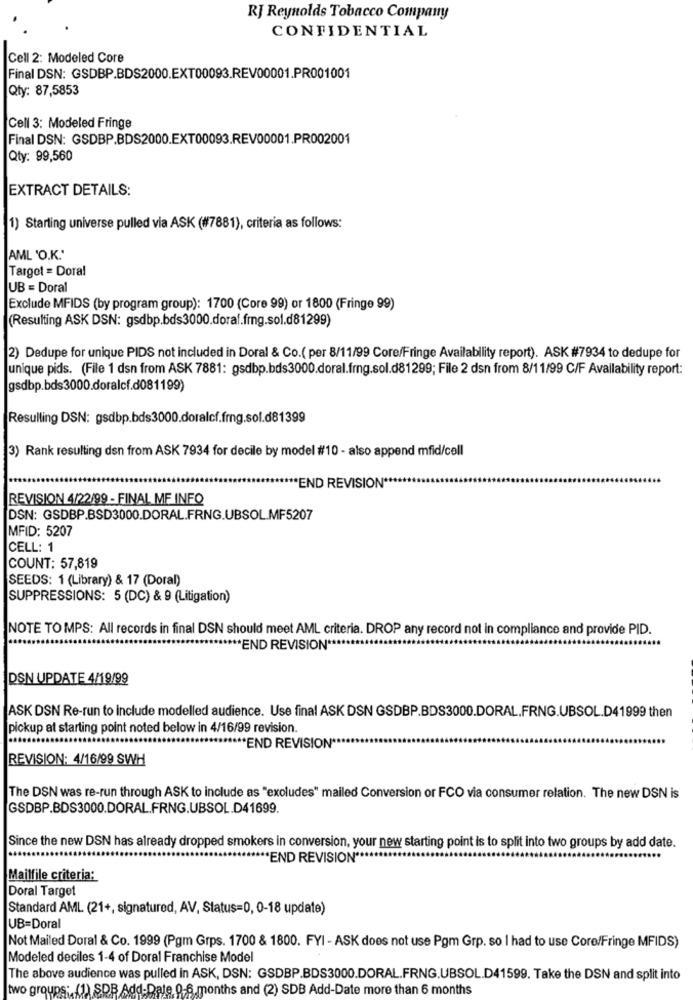
RJ Reynolds Tobacco Company
CONFIDENTIAL
Cell 2: Modeled Core
Final DSN: GSDBP.BDS2000.EXT00093.REV00001.PR001001
Qty: 87,5853
Cell 3: Modeled Fringe
Final DSN: GSDBP.BDS2000.EXT00093.REV00001.PR002001
Qty: 99,560
EXTRACT DETAILS:
1) Starting universe pulled via ASK (#7881), criteria as follows:
AML 'O.K.'
Target = Doral
UB = Doral
Exclude MFIDS (by program group): 1700 (Core 99) or 1800 (Fringe 99)
(Resulting ASK DSN: gsdbp.bds3000.doraf.frg.sol.d81299)
2) Dedupe for unique PIDS not included in Doral & Co.( per 8/11/99 Core/Fringe Availability report). ASK #7934 to dedupe for
unique pids. (File 1 dsn from ASK 7881: gsdbp.bds3000.doral.frng.sol.d81299; File 2 dsn from 8/11/99 C/F Availability report:
gsdbp.bds3000.doralcf.d081199)
Resulting DSN: gsdbp.bds3000.doralcf.frng.sol.d81399
3) Rank resulting dsn from ASK 7934 for decile by model #10 - also append mfid/cell
"END REVISION **
REVISION 4/22/99 - FINAL MF INFO
DSN: GSDBP.BSD3000.DORAL.FRNG.UBSOL.MF5207
MFID: 5207
CELL: 1
COUNT: 57,819
SEEDS: 1 (Library) & 17 (Doral)
SUPPRESSIONS: 5 (DC) & 9 (Litigation)
NOTE TO MPS: All records in final DSN should meet AML criteria. DROP any record not in compliance and provide PID.
**** END REVISION **
DSN UPDATE 4/19/99
ASK DSN Re-run to include modelled audience. Use final ASK DSN GSDBP.BDS3000.DORAL.FRNG.UBSOL.D41999 then
pickup at starting point noted below in 4/16/99 revision.
**** END REVISION **
REVISION: 4/16/99 SWH
The DSN was re-run through ASK to include as "excludes" mailed Conversion or FCO via consumer relation. The new DSN is
GSDBP.BDS3000.DORAL.FRNG.UBSOL.D41699.
Since the new DSN has already dropped smokers in conversion, your new starting point is to split into two groups by add date.
***** END REVISION ****
Mailfile criteria:
Doral Target
Standard AML (21+, signatured, AV, Status=0, 0-18 update)
UB=Doral
Not Mailed Doral & Co. 1999 (Pgm Grps. 1700 & 1800. FYI - ASK does not use Pgm Grp. so I had to use Core/Fringe MFIDS)
Modeled deciles 1-4 of Doral Franchise Model
The above audience was pulled in ASK, DSN: GSDBP.BDS3000.DORAL.FRNG.UBSOL.D41599. Take the DSN and split into
two groups: (1) SDB Add-Date 0-6 months and (2) SDB Add-Date more than 6 months